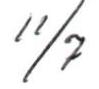
11/7